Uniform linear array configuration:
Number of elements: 24
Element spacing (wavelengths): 1
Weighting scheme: binomial
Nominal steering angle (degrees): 0
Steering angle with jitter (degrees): -1.024
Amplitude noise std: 0.05
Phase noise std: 0.05

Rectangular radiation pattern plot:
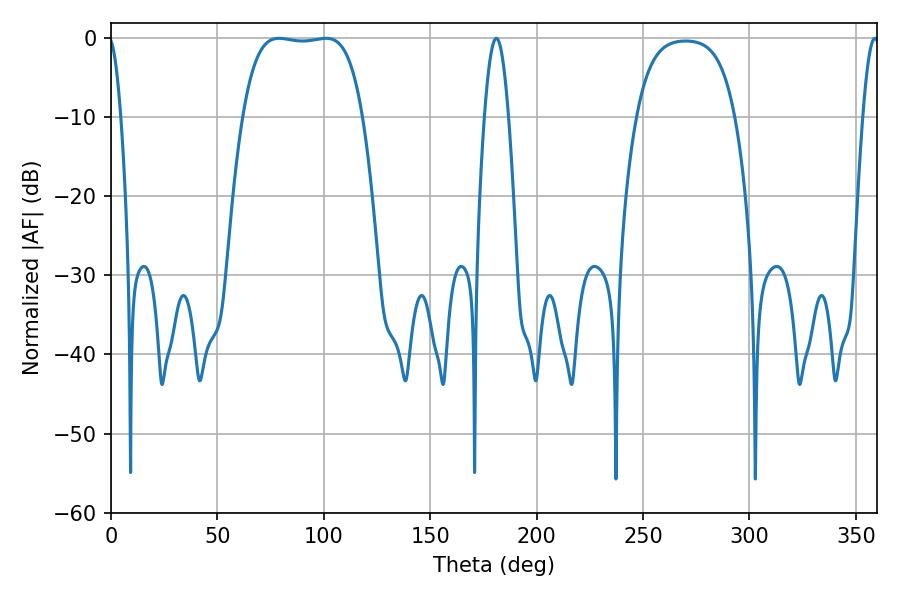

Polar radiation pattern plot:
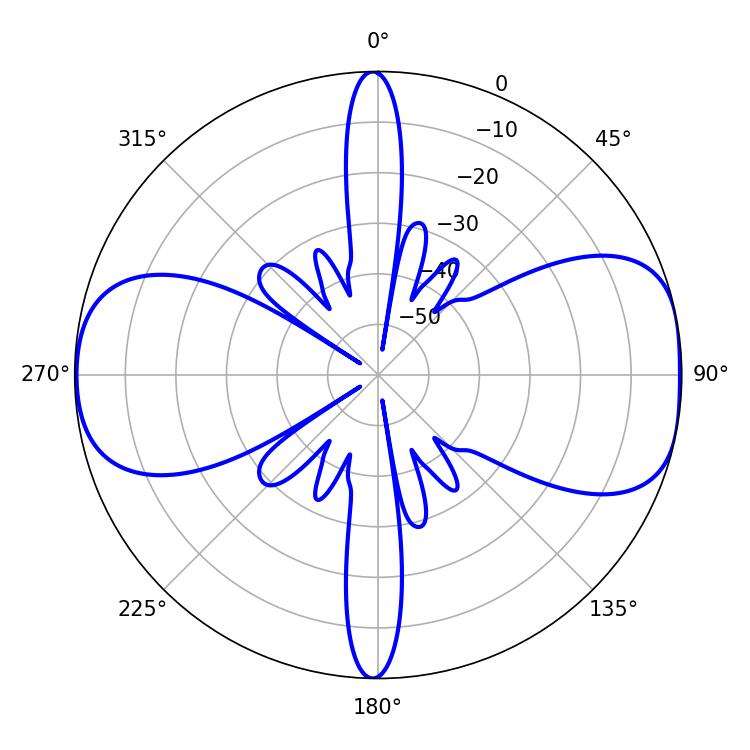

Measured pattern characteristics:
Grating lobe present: TRUE
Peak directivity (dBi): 9.406
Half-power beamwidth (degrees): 43.92
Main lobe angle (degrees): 79.02